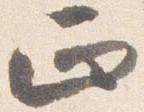
正